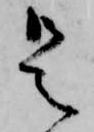
是